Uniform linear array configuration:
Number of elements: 8
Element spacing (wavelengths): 0.75
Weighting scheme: binomial
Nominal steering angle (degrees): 60
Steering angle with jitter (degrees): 58.346
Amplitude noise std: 0.05
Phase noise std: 0.05

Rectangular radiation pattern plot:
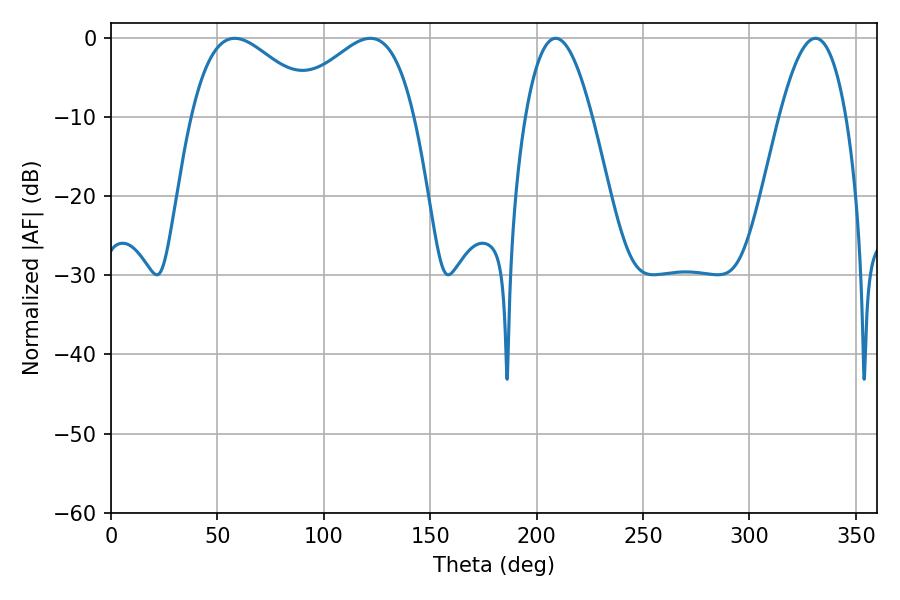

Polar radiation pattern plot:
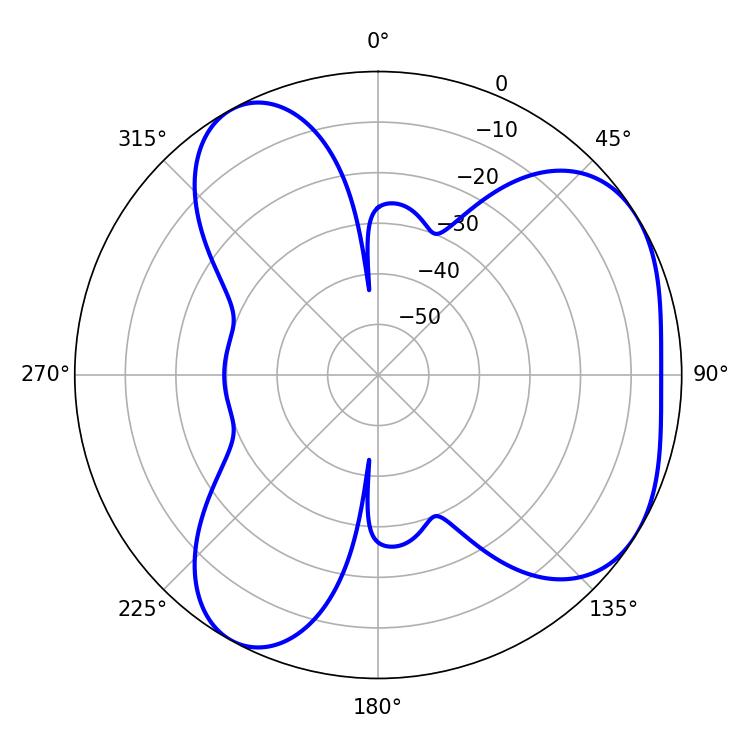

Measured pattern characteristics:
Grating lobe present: TRUE
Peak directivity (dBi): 4.615
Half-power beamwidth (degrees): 32.4
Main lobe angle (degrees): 58.14